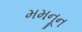
મમનૂન